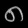
Digit: ၈